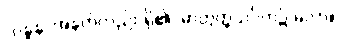
“ဂန္ဓန”အနက်လည်း ရှိ၏, ဓာတွတ္ထသင်္ဂဟ၌ မလာ။]